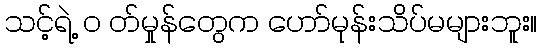
သင့်ရဲ့ ၀ တ်မှုန်တွေက ဟော်မုန်းသိပ်မများဘူး။